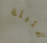
ضئيلة